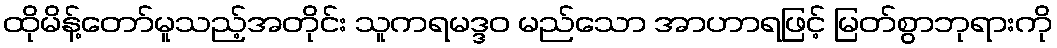
ထိုမိန့်တော်မူသည့်အတိုင်း သူကရမဒ္ဒဝ မည်သော အာဟာရဖြင့် မြတ်စွာဘုရားကို